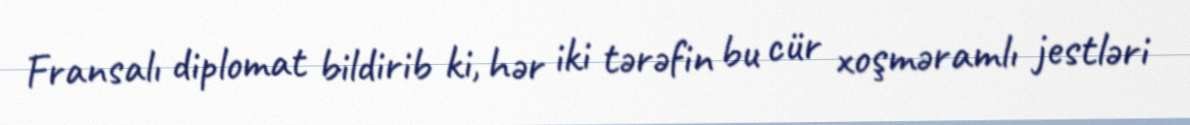
Fransalı diplomat bildirib ki, hər iki tərəfin bu cür xoşməramlı jestləri